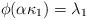
LaTeX: \begin{align*}\phi(\alpha \kappa_1) = \lambda_1\end{align*}